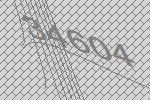
34604